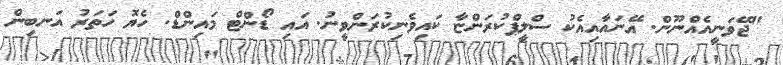
"ޖޭވަނީއެއްނޫން. އޭނައާއިއެކު ސްލީޕްކުރަންޏާ ކައިވެނިކުރަންވީނު. އައި ޑޯންޓް މައިންޑް. ހެޔޮ ހަތަރު އަނބިން